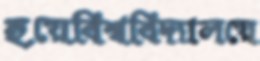
হয়েবিশ্ববিদ্যালয়ে